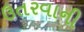
ઉતરવાની